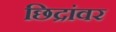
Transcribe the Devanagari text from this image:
छिद्रांवर